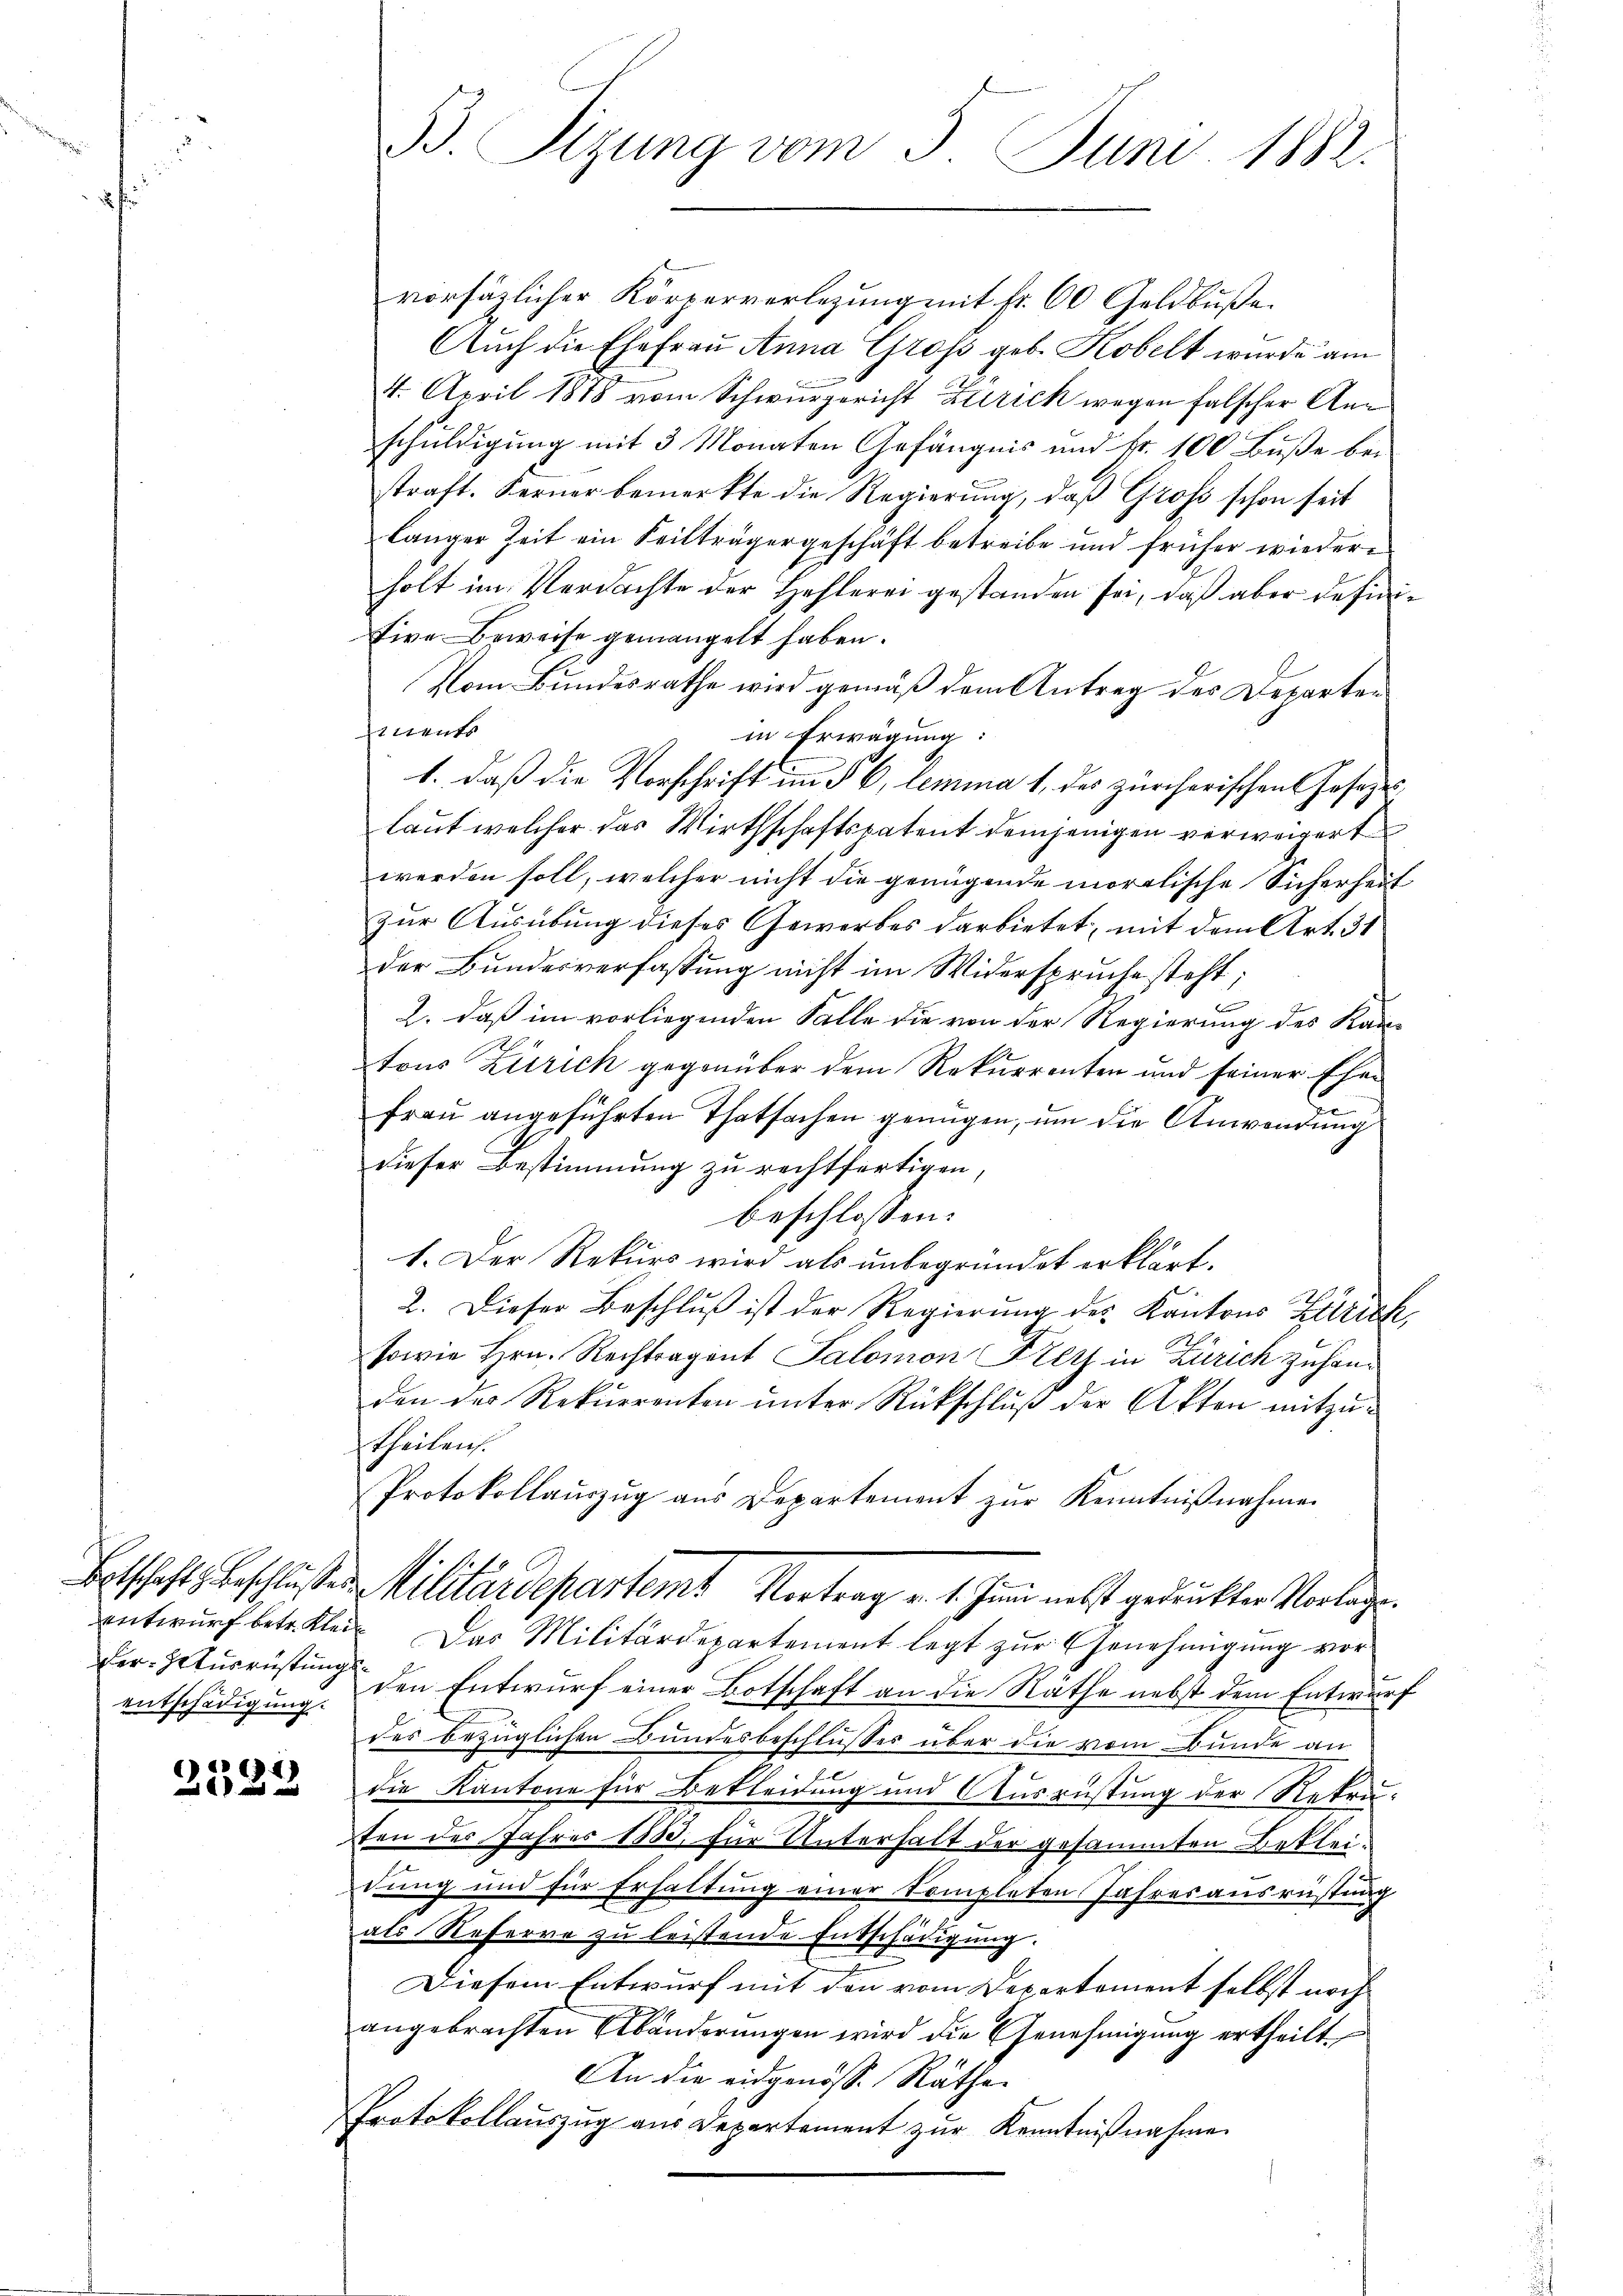
Der Hausrüstungsentschädigung.

2522

vorsätzlicher Körperverlegung mit Fr. 60 Geldbuße.
Auch die Ehefrau Anna Groß geb. Kobelt wurde am
4. April 1888 vom Schwurgericht Zürich wegen falscher Anschuldigung mit 3 Monaten Gefängnis und Fr. 100 Buße bei
straft. Ferner bemerkte die Regierung, daß Groß schon seit
länger Zeit ein Teilträgergeschäft betreibe und früher wiederholt im Verdachte der Hehlerei gestanden sei, daß aber definitive Beweise gemangelt haben.
Vom Bundesrathe wird gemäß dem Antrag des Departen
tent
in Erwägung:
1. daß die Vorschrift im § 6, lemma 1. des zürcherischen Gesezeslaut welcher das Wirthschaftspatent demjenigen verweigert
werden soll, welcher nicht die genügende moralische Sicherheit
zur Ausübung dieses Gewerbes darbietet, mit dem Art. 31
der Bundesverfassung nicht im Widerspruche steht;
2. daß im vorliegenden Falle die von der Regierung des Kantons Zürich gegenüber dem Rekurrenten und seiner Ehen
Frau angeführten Thatsachen genügen, um die Anwendung
G
dieser Bestimmung zu rechtfertigen,
beschlossen:
1. Der Rekurs wird als unbegründet erklärt.
2. Dieser Beschluß ist der Regierung des Kantons Zürich,
sowie Hrn. Rechtragent Salomon Frey in Zürich zuhanden der Rekurrenten unter Rückschluß der Akten mitzutheilen.
Protokollauszug aus Departement zur Kenntnißnahmen
Betschaftsbeschlossen Militärdepartemt Vortrag v. 1. Juni nebst gedruckter Vorlage.
entwurf betr. Klein Das Militärdepartement legt zur Genehmigung vor
den Entwurf einer Botschaft an die Räthe nebst dem Entwurf
des bezüglichen Bundesbeschlusses über die vom Bunde an
die Kantone für Bekleidung und Ausrüstung der Rekruten des Jahres 1883, für Unterhalt der gesammten Bekleidung und für Erhaltung einer Kompleten Jahresausrüstung
als Referre zu leistende Entschädigung.
Diesem Entwurf mit den vom Departement selbst noch
angebrachten Abänderungen wird die Genehmigung ertheilt,
An die eidgenöss. Räthe.
Protokollauszug aus Departement zur Kenntnißnahme

B. Sizung vom 5. Juni 1882.